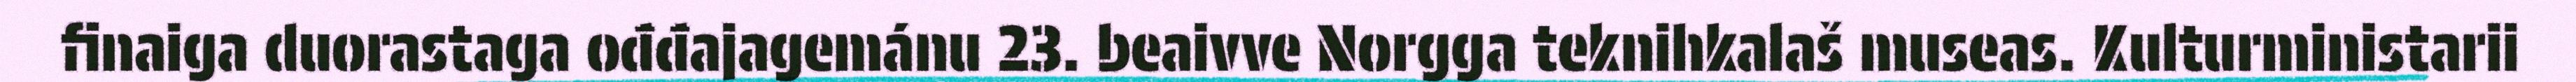
finaiga duorastaga ođđajagemánu 23. beaivve Norgga teknihkalaš museas. Kulturministarii